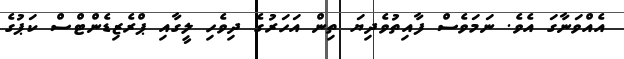
އެއްވަނާގަ އެވެ. ނަމަވެސް ފާއިތުވެދިޔަ ތިން އަހަރުގެ ދިވެހި ލީގާއި ޕްރެޒިޑެންޓްސް ކަޕުގެ